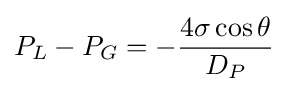
P_{L}-P_{G}=-{\frac {4\sigma \cos \theta }{D_{P}}}